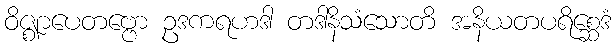
ဝိဇ္ဈာပေတဗ္ဗော ဥဒကရဟဒါ တဒါနိသံသောတိ အနိယတပရိစ္ဆေဒံ